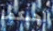
أحبكما